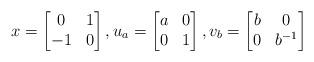
LaTeX: \begin{align*}x = \begin{bmatrix} 0 & 1 \\ -1& 0 \end{bmatrix}, u_a = \begin{bmatrix} a & 0 \\ 0 & 1 \end{bmatrix}, v_b = \begin{bmatrix} b & 0 \\ 0 & b^{-1} \end{bmatrix}\end{align*}